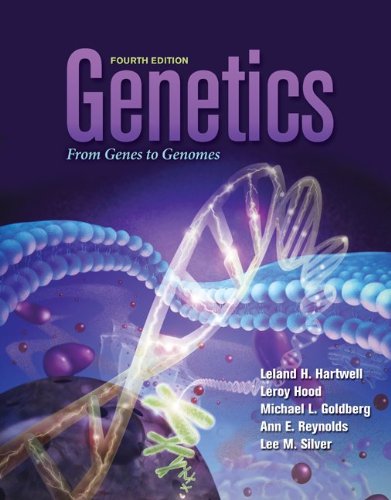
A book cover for Genetics: From Genes to Genomes (Hartwell, Genetics); Leland Hartwell; Medical Books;